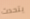
يتحدث